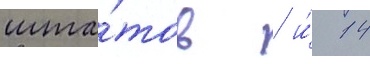
шта́тов / и́ 14